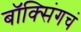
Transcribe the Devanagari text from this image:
बॉक्सिंगचं